Riigikantselei, lk 45
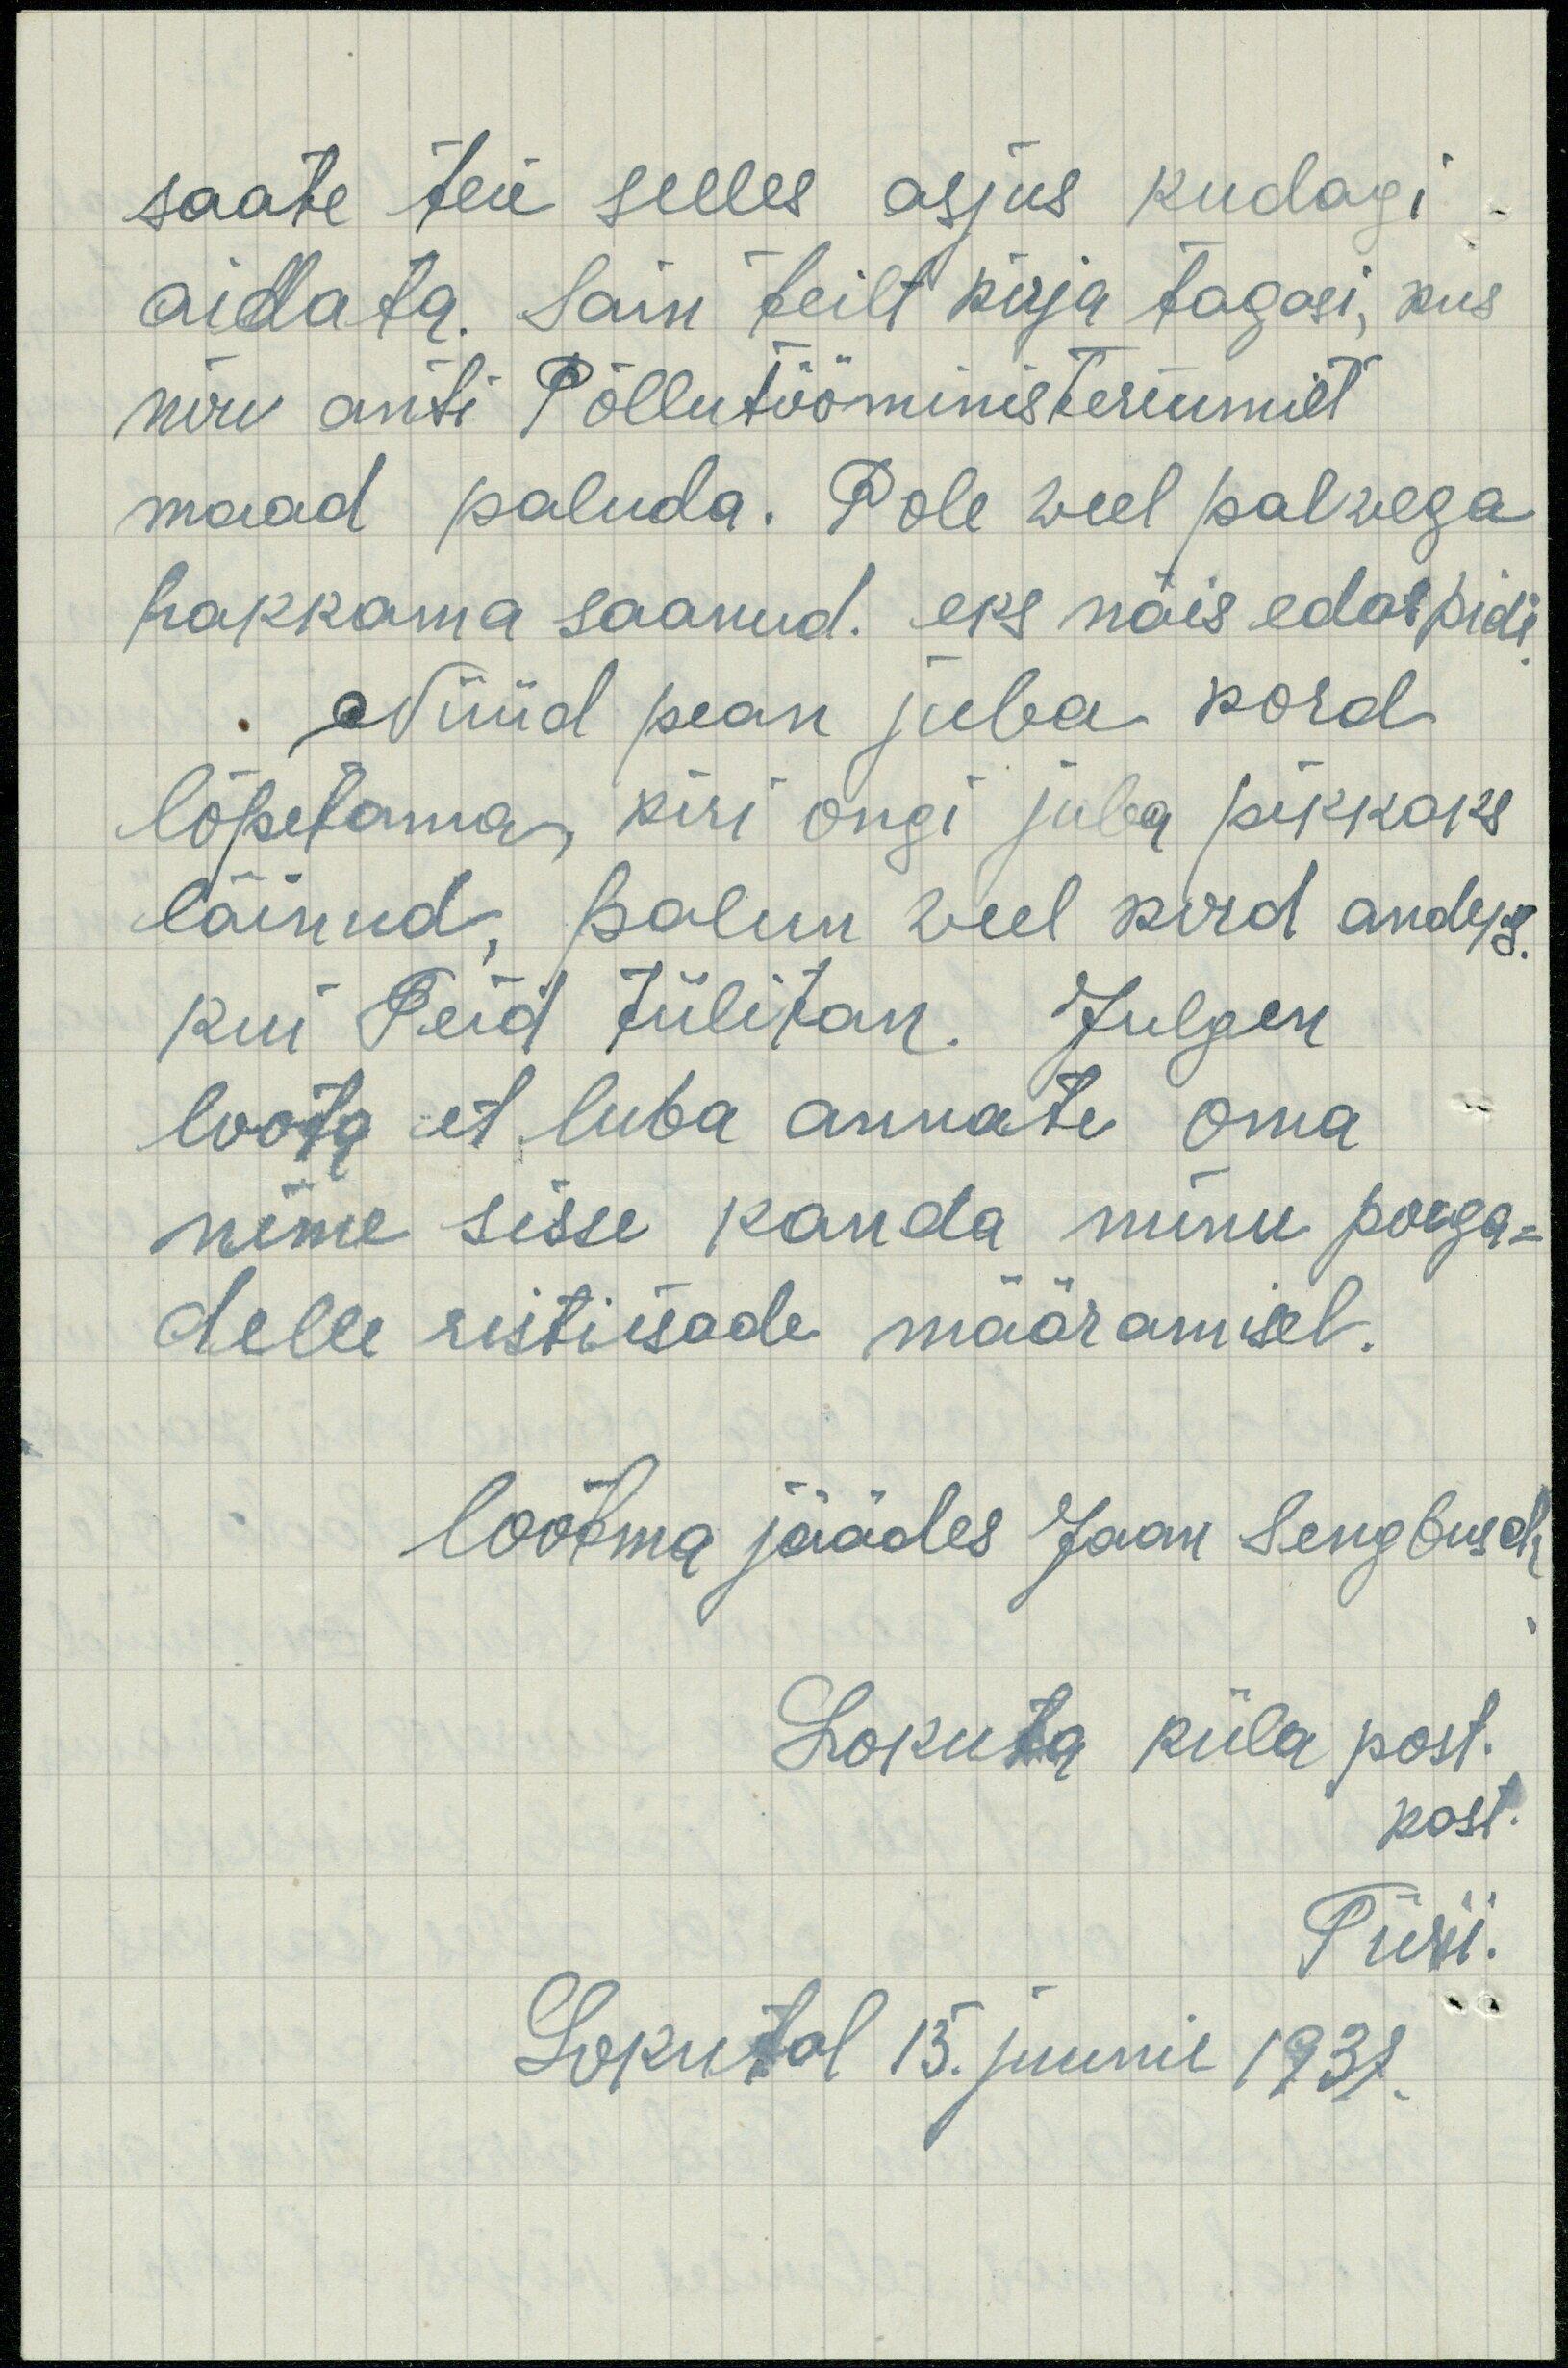
saate teie selles asjus kudagi.
aidata. Sain teilt kirja tagasi, kus
nõu anti Põllutööministeriumilt
maad paluda. Pole weel palwega
hakkama saanud, eks näis edaspidi
Nüüd pean juba kord
lõpetama, kiri ongi juba pikkaks
läinud palun veel kord andeks.
kui Teid tülitan. Julgen
loota et luba annate oma
nime sisse kanda minu poega-
delle ristiisade määramisel.
lootma jäädes Jaan Sengbusch
Lokuta küla post.
post.
Türi.
Lokutal 15. juunil 1938.